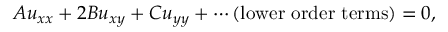
A u _ { x x } + 2 B u _ { x y } + C u _ { y y } + \cdots { \mathrm { ( l o w e r ~ o r d e r ~ t e r m s ) } } = 0 ,